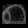
Digit: ၈